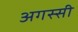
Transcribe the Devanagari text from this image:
अगस्सी